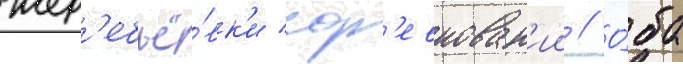
жер'ебьё́вк'и сор'евнован'ии // О́ба